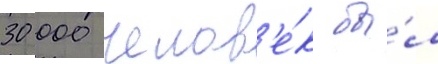
30 000 челов'е́к бы́л